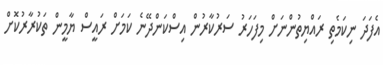
އެފަދަ ނިކަމެތި ރައްޔިތުންނަށް މިފަހަރު ސަރުކާރުން އިސްކަންދޭނެ ކަމަށް ރައީސް ޔާމީން ތަކުރާރުކޮށް